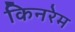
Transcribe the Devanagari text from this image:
किनरेम